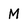
Character: M